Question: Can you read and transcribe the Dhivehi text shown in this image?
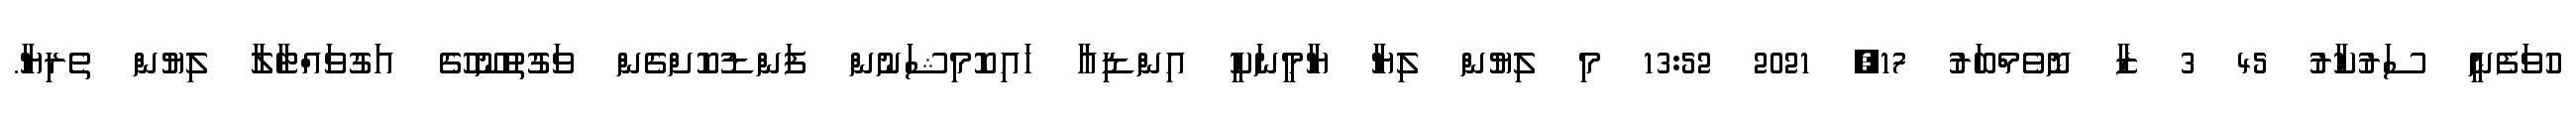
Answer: ހުވަފެނީ ސަރުކާރު 45 3 ޒާ ނޮވެމްބަރު 17, 2021 13:52 މި ލިޔުން ލިޔާ ޔާމީނަކީ އިންޑިއާ ހައިކޮމިޝަނުން ފަންޑުކޮށްގެން ވަގުތުނޫހުގެ އަގުވައްޓާލާ ލިޔުން ތެރިޔާ.